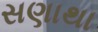
સણાથા